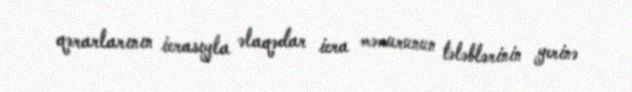
qərarlarının icrasıyla əlaqədar icra məmurunun tələblərinin yerinə